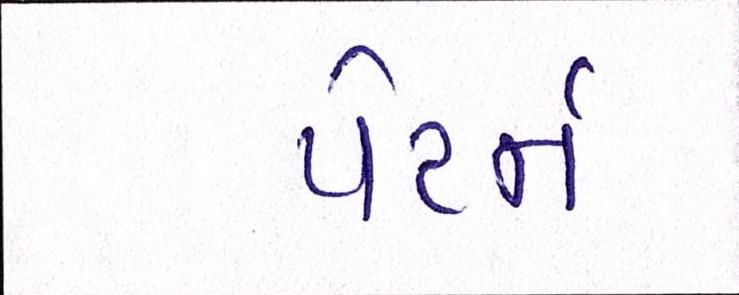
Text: પેટર્ન